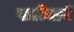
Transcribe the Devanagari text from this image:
पाटीमागे